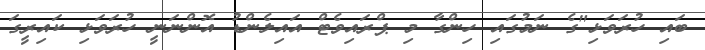
ބައި ހުރަވަޅި"ގެ ނަމުގައި ހިންގާ މި ޕްރައިވެޓް އައިލެންޑު އޮންނަނީ ހުރަވަޅި ކައިރީގަ